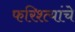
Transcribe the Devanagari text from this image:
फरिश्त्यांचे